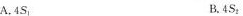
A.4S_{1} B.4S_{2}